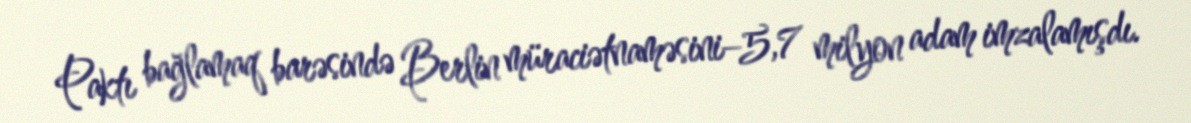
Paktı bağlamaq barəsində Berlin müraciətnaməsini–5,7 milyon adam imzalamışdı.